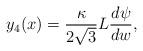
LaTeX: \begin{align*}y_4(x) = \frac{\kappa}{2\sqrt{3}}L\frac{d\psi}{dw},\end{align*}